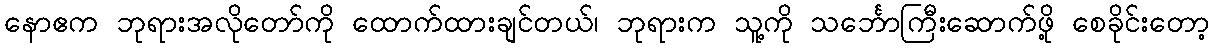
နောဧက ဘုရားအလိုတော်ကို ထောက်ထားချင်တယ်၊ ဘုရားက သူ့ကို သင်္ဘောကြီးဆောက်ဖို့ စေခိုင်းတော့